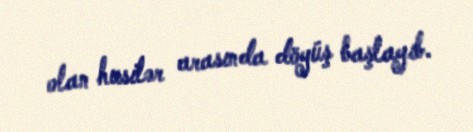
olan husilər arasında döyüş başlayıb.